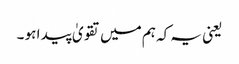
یعنی یہ کہ ہم میں تقویٰ پید ا ہو ۔